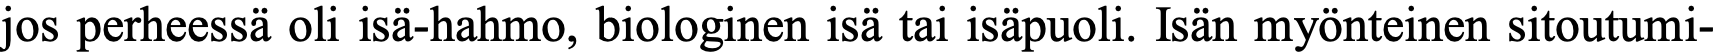
jos perheessä oli isä-hahmo, biologinen isä tai isäpuoli. Isän myönteinen sitoutumi-